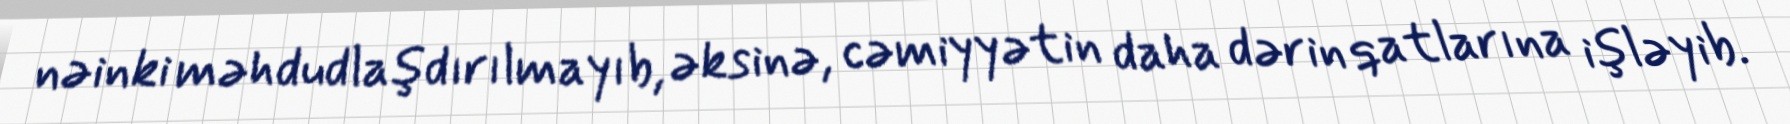
nəinki məhdudlaşdırılmayıb, əksinə, cəmiyyətin daha dərin qatlarına işləyib.